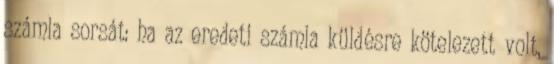
számla sorsát: ha az eredeti számla küldésre kötelezett volt,